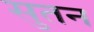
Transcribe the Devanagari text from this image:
सुतन